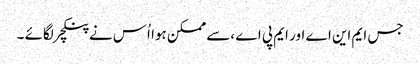
جس ایم این اے اور ایم پی اے ،سے ممکن ہوا اُس نے پنکچر لگائے ۔